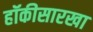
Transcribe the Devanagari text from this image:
हॉकीसारखा